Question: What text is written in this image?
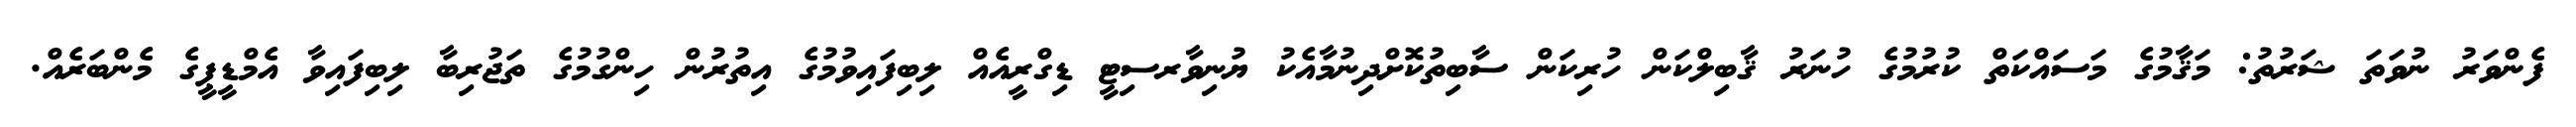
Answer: ފެންވަރު ނުވަތަ ޝަރުތު: މަޤާމުގެ މަސައްކަތް ކުރުމުގެ ހުނަރު ޤާބިލްކަން ހުރިކަން ސާބިތުކޮށްދިނުމާއެކު ޔުނިވާރސިޓީ ޑިގްރީއެއް ލިބިފައިވުމުގެ އިތުރުން ހިންގުމުގެ ތަޖުރިބާ ލިބިފައިވާ އެމްޑީޕީގެ މެންބަރެއް.